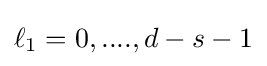
\ell _{1}=0,....,d-s-1